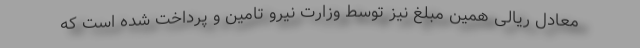
معادل ریالی همین مبلغ نیز توسط وزارت نیرو تامین و پرداخت شده است که